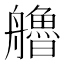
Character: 艪